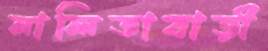
নালিতাবাড়ী